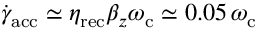
\dot { \gamma } _ { \mathrm { a c c } } \simeq \eta _ { \mathrm { r e c } } \beta _ { z } \omega _ { \mathrm { c } } \simeq 0 . 0 5 \, \omega _ { \mathrm { c } }